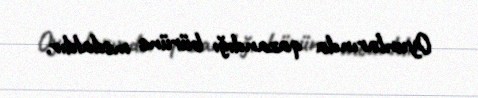
Oyunlarında qazandığı bürünc medaldır.